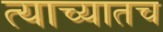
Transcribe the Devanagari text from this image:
त्याच्यातच